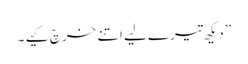
” دیکھ تیرے لیے اتنے خرچ کیے ۔